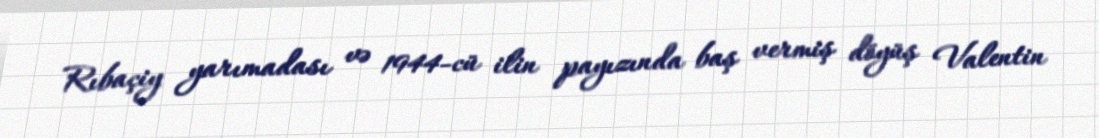
Rıbaçiy yarımadası və 1944-cü ilin payızında baş vermiş döyüş Valentin